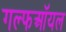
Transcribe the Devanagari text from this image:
गल्फऑयल